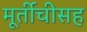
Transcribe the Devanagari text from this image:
मूर्तीचीसह